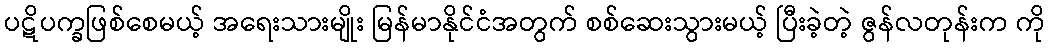
ပဋိပက္ခဖြစ်စေမယ့် အရေးသားမျိုး မြန်မာနိုင်ငံအတွက် စစ်ဆေးသွားမယ့် ပြီးခဲ့တဲ့ ဇွန်လတုန်းက ကို